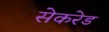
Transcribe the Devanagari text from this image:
सेकरेड